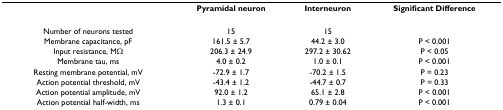
<table><thead><tr><td></td><td><b>Pyramidal neuron</b></td><td><b>Interneuron</b></td><td><b>Significant Difference</b></td></tr></thead><tbody><tr><td>Number of neurons tested</td><td>15</td><td>15</td><td></td></tr><tr><td>Membrane capacitance, pF</td><td>161.5 ± 5.7</td><td>44.2 ± 3.0</td><td>P &lt; 0.001</td></tr><tr><td>Input resistance, MΩ</td><td>206.3 ± 24.9</td><td>297.2 ± 30.62</td><td>P &lt; 0.05</td></tr><tr><td>Membrane tau, ms</td><td>4.0 ± 0.2</td><td>1.0 ± 0.1</td><td>P &lt; 0.001</td></tr><tr><td>Resting membrane potential, mV</td><td>-72.9 ± 1.7</td><td>-70.2 ± 1.5</td><td>P = 0.23</td></tr><tr><td>Action potential threshold, mV</td><td>-43.4 ± 1.2</td><td>-44.7 ± 0.7</td><td>P = 0.33</td></tr><tr><td>Action potential amplitude, mV</td><td>92.0 ± 1.2</td><td>65.1 ± 2.8</td><td>P &lt; 0.001</td></tr><tr><td>Action potential half-width, ms</td><td>1.3 ± 0.1</td><td>0.79 ± 0.04</td><td>P &lt; 0.001</td></tr></tbody></table>